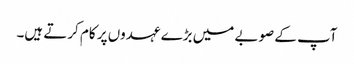
آپ کے صوبے میں بڑے عہدوں پر کام کرتے ہیں۔